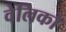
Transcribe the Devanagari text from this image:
वेलिको